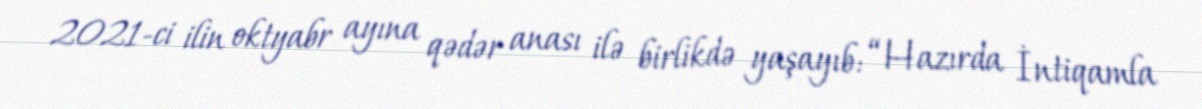
2021-ci ilin oktyabr ayına qədər anası ilə birlikdə yaşayıb: “Hazırda İntiqamla